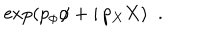
\exp \left( p _ { \phi } \phi + i \, p _ { X } X \right) \; \; .